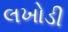
લખોડી